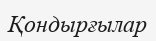
Қондырғылар